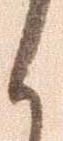
く